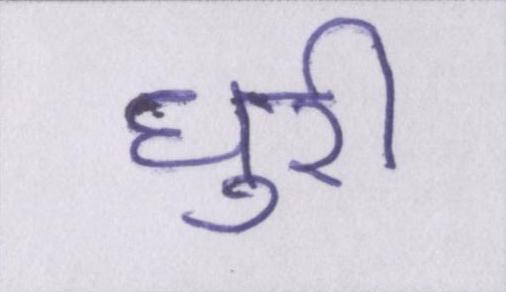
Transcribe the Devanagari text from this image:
धुरी